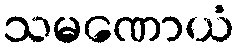
သမဏောယံ